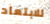
للابتعاد